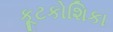
કૂટકોશિકા